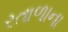
રતાળાના